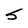
Character: S